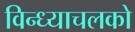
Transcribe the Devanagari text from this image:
विन्ध्याचलको